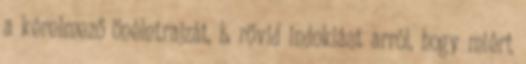
a kérelmező önéletrajzát, b. rövid indoklást arról, hogy miért